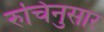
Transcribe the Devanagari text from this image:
रुचिनुसार